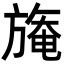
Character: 𣄑